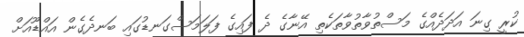
ކުރީ ގިނަ އަދަދެއްގެ މަސްތުވާތުވާތަކެތި އޭނާގެ ދެ ފައިގެ ފަލަމަސްގަނޑުގައި ބަނދެގެން އައްޑޫއަށް